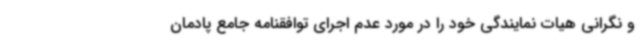
و نگرانی هیات نمایندگی خود را در مورد عدم اجرای توافقنامه جامع پادمان